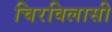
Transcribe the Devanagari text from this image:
चिरविलासी